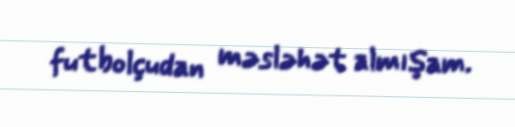
futbolçudan məsləhət almışam.